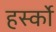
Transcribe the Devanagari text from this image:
हर्स्को